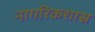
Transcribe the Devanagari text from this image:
नागरिकशास्र